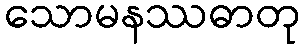
သောမနဿဓာတု